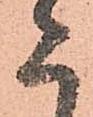
た